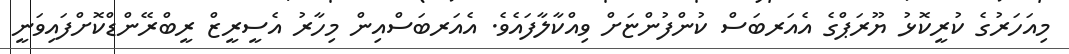
މިއަހަރުގެ ކުރީކޮޅު ޔޫރަޕްގެ އެއަރބަސް ކުންފުންޏަށް ވިއްކާލާފައެވެ. އެއަރބަސްއިން މިހާރު އެސީރީޒް ރީބްރޭންޑްކޮށްފައިވަނީ